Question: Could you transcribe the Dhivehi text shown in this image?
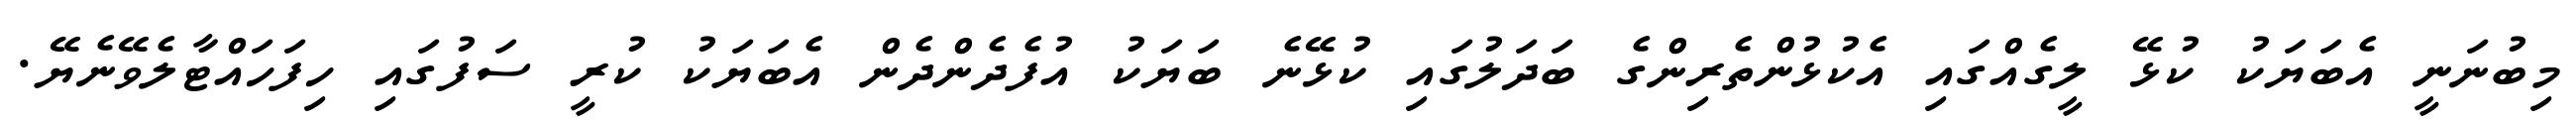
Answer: މިބުނަނީ އެބަޔަކު ކުޅޭ ލީގެއްގައި އެކުޅުންތެރިންގެ ބަދަލުގައި ކުޅޭނެ ބަޔަކު އުފެދެންދެން އެބަޔަކު ކުރީ ސަފުގައި ހިފަހައްޓާލެވޭނެޔޭ.